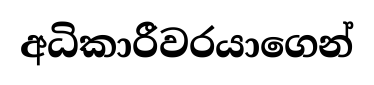
අධිකාරීවරයාගෙන්